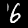
Digit: 6